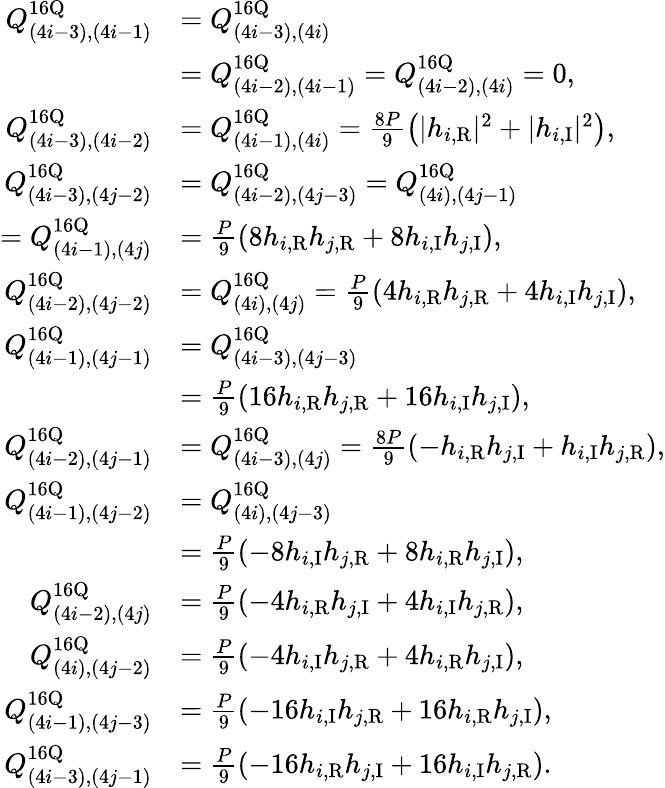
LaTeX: \begin{array}{rl}{Q_{(4i-3),(4i-1)}^{16\mathrm{Q}}}&{=Q_{(4i-3),(4i)}^{16\mathrm{Q}}}\\ &{=Q_{(4i-2),(4i-1)}^{16\mathrm{Q}}=Q_{(4i-2),(4i)}^{16\mathrm{Q}}=0,}\\ {Q_{(4i-3),(4i-2)}^{16\mathrm{Q}}}&{=Q_{(4i-1),(4i)}^{16\mathrm{Q}}=\frac{8P}{9}\left(|h_{i,\mathrm{R}}|^{2}+|h_{i,\mathrm{I}}|^{2}\right),}\\ {Q_{(4i-3),(4j-2)}^{16\mathrm{Q}}}&{=Q_{(4i-2),(4j-3)}^{16\mathrm{Q}}=Q_{(4i),(4j-1)}^{16\mathrm{Q}}}\\ {=Q_{(4i-1),(4j)}^{16\mathrm{Q}}}&{=\frac{P}{9}\left(8h_{i,\mathrm{R}}h_{j,\mathrm{R}}+8h_{i,\mathrm{I}}h_{j,\mathrm{I}}\right),}\\ {Q_{(4i-2),(4j-2)}^{16\mathrm{Q}}}&{=Q_{(4i),(4j)}^{16\mathrm{Q}}=\frac{P}{9}\left(4h_{i,\mathrm{R}}h_{j,\mathrm{R}}+4h_{i,\mathrm{I}}h_{j,\mathrm{I}}\right),}\\ {Q_{(4i-1),(4j-1)}^{16\mathrm{Q}}}&{=Q_{(4i-3),(4j-3)}^{16\mathrm{Q}}}\\ &{=\frac{P}{9}\left(16h_{i,\mathrm{R}}h_{j,\mathrm{R}}+16h_{i,\mathrm{I}}h_{j,\mathrm{I}}\right),}\\ {Q_{(4i-2),(4j-1)}^{16\mathrm{Q}}}&{=Q_{(4i-3),(4j)}^{16\mathrm{Q}}=\frac{8P}{9}\left(-h_{i,\mathrm{R}}h_{j,\mathrm{I}}+h_{i,\mathrm{I}}h_{j,\mathrm{R}}\right),}\\ {Q_{(4i-1),(4j-2)}^{16\mathrm{Q}}}&{=Q_{(4i),(4j-3)}^{16\mathrm{Q}}}\\ &{=\frac{P}{9}\left(-8h_{i,\mathrm{I}}h_{j,\mathrm{R}}+8h_{i,\mathrm{R}}h_{j,\mathrm{I}}\right),}\\ {Q_{(4i-2),(4j)}^{16\mathrm{Q}}}&{=\frac{P}{9}\left(-4h_{i,\mathrm{R}}h_{j,\mathrm{I}}+4h_{i,\mathrm{I}}h_{j,\mathrm{R}}\right),}\\ {Q_{(4i),(4j-2)}^{16\mathrm{Q}}}&{=\frac{P}{9}\left(-4h_{i,\mathrm{I}}h_{j,\mathrm{R}}+4h_{i,\mathrm{R}}h_{j,\mathrm{I}}\right),}\\ {Q_{(4i-1),(4j-3)}^{16\mathrm{Q}}}&{=\frac{P}{9}\left(-16h_{i,\mathrm{I}}h_{j,\mathrm{R}}+16h_{i,\mathrm{R}}h_{j,\mathrm{I}}\right),}\\ {Q_{(4i-3),(4j-1)}^{16\mathrm{Q}}}&{=\frac{P}{9}\left(-16h_{i,\mathrm{R}}h_{j,\mathrm{I}}+16h_{i,\mathrm{I}}h_{j,\mathrm{R}}\right).}\end{array}